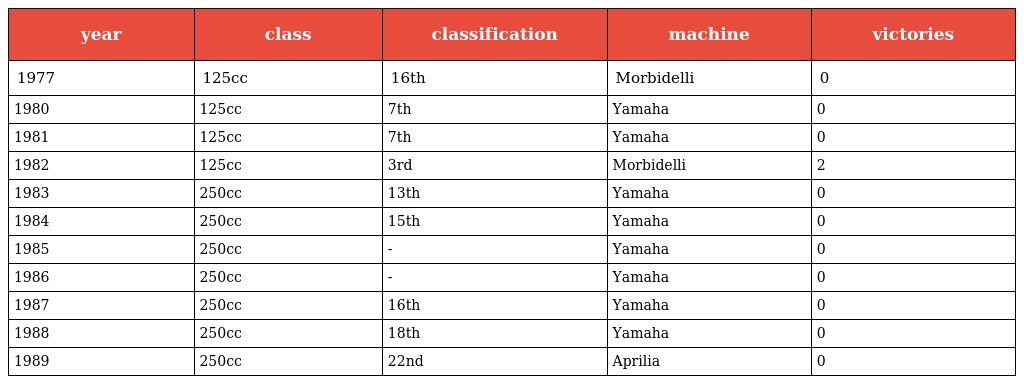
| year | class | classification | machine | victories |
 | --- | --- | --- | --- | --- |
 | 1977 | 125cc | 16th | Morbidelli | 0 |
 | 1980 | 125cc | 7th | Yamaha | 0 |
 | 1981 | 125cc | 7th | Yamaha | 0 |
 | 1982 | 125cc | 3rd | Morbidelli | 2 |
 | 1983 | 250cc | 13th | Yamaha | 0 |
 | 1984 | 250cc | 15th | Yamaha | 0 |
 | 1985 | 250cc | - | Yamaha | 0 |
 | 1986 | 250cc | - | Yamaha | 0 |
 | 1987 | 250cc | 16th | Yamaha | 0 |
 | 1988 | 250cc | 18th | Yamaha | 0 |
 | 1989 | 250cc | 22nd | Aprilia | 0 |